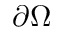
\partial \Omega